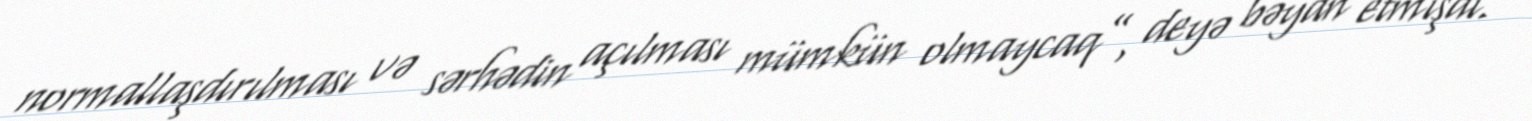
normallaşdırılması və sərhədin açılması mümkün olmaycaq”, deyə bəyan etmişdi.